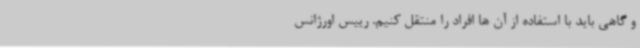
و گاهی باید با استفاده از آن ها افراد را منتقل کنیم. رییس اورژانس